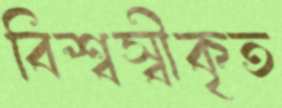
বিশ্বস্বীকৃত